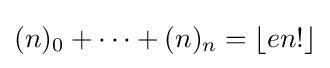
(n)_{0}+\cdots +(n)_{n}=\lfloor en!\rfloor